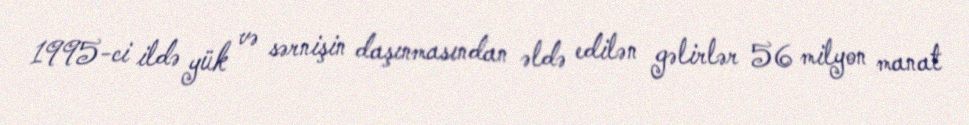
1995-ci ildə yük və sərnişin daşınmasından əldə edilən gəlirlər 56 milyon manat